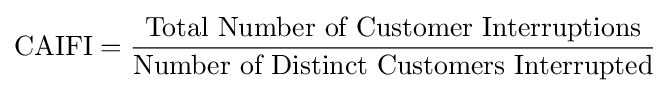
{\mbox{CAIFI}}={\frac {\mbox{Total Number of Customer Interruptions}}{\mbox{Number of Distinct Customers Interrupted}}}